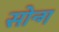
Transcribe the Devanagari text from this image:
सोन्ग